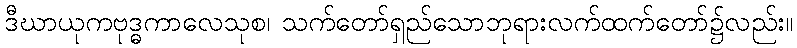
ဒီဃာယုကဗုဒ္ဓကာလေသုစ၊ သက်တော်ရှည်သောဘုရားလက်ထက်တော်၌လည်း။